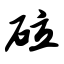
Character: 砬